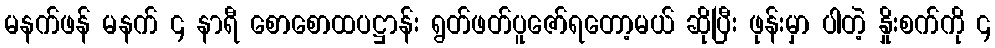
မနက်ဖန် မနက် ၄ နာရီ စောစောထပဋ္ဌာန်း ရွတ်ဖတ်ပူဇော်ရတော့မယ် ဆိုပြီး ဖုန်းမှာ ပါတဲ့ နှိုးစက်ကို ၄